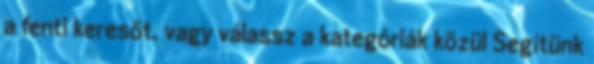
a fenti keresőt, vagy válassz a kategóriák közül Segítünk